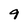
Character: 9